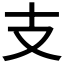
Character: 支